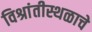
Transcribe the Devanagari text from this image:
विश्रांतीस्थळाचे